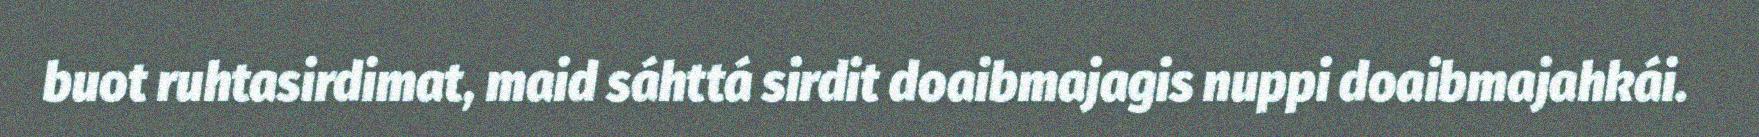
buot ruhtasirdimat, maid sáhttá sirdit doaibmajagis nuppi doaibmajahkái.